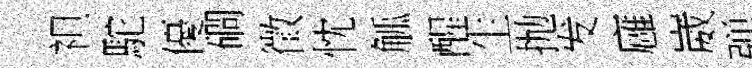
袒駝優磵徵忱觚醒生抛发廱崴弹